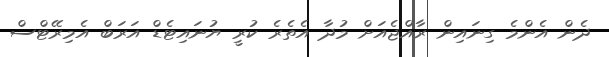
ދެން އެންމެ ގިނައިން ރާއްޖެއަށް މުދާ އެތެރެ ކުރީ ޔުނައިޓެޑް އަރަބް އެމިރޭޓްސް